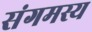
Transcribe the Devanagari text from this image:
संगमस्य